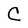
Character: C